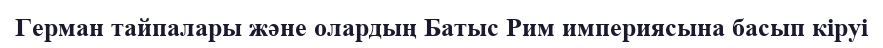
Герман тайпалары және олардың Батыс Рим империясына басып кіруі